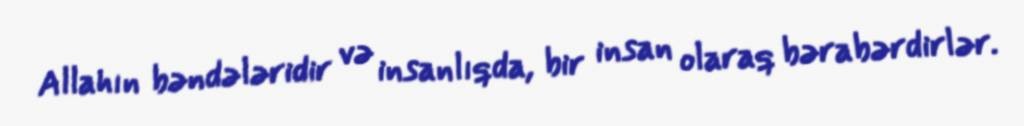
Allahın bəndələridir və insanlıqda, bir insan olaraq bərabərdirlər.